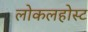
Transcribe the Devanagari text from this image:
लोकलहोस्ट